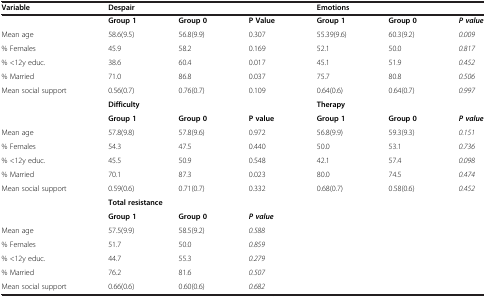
<table><thead><tr><td><b>Variable</b></td><td colspan="3"><b>Despair</b></td><td colspan="3"><b>Emotions</b></td></tr></thead><tbody><tr><td> </td><td><b>Group 1</b></td><td><b>Group 0</b></td><td><b>P Value</b></td><td><b>Group 1</b></td><td><b>Group 0</b></td><td><b><i>P value</i></b></td></tr><tr><td>Mean age</td><td>58.6(9.5)</td><td>56.8(9.9)</td><td>0.307</td><td>55.39(9.6)</td><td>60.3(9.2)</td><td><i>0.009</i></td></tr><tr><td>% Females</td><td>45.9</td><td>58.2</td><td>0.169</td><td>52.1</td><td>50.0</td><td><i>0.817</i></td></tr><tr><td>% &lt;12y educ.</td><td>38.6</td><td>60.4</td><td>0.017</td><td>45.1</td><td>51.9</td><td><i>0.452</i></td></tr><tr><td>% Married</td><td>71.0</td><td>86.8</td><td>0.037</td><td>75.7</td><td>80.8</td><td><i>0.506</i></td></tr><tr><td>Mean social support</td><td>0.56(0.7)</td><td>0.76(0.7)</td><td>0.109</td><td>0.64(0.6)</td><td>0.64(0.7)</td><td><i>0.997</i></td></tr><tr><td> </td><td colspan="3"><b>Difficulty</b></td><td colspan="3"><b>Therapy</b></td></tr><tr><td> </td><td><b>Group 1</b></td><td><b>Group 0</b></td><td><b>P value</b></td><td><b>Group 1</b></td><td><b>Group 0</b></td><td><b><i>P value</i></b></td></tr><tr><td>Mean age</td><td>57.8(9.8)</td><td>57.8(9.6)</td><td>0.972</td><td>56.8(9.9)</td><td>59.3(9.3)</td><td><i>0.151</i></td></tr><tr><td>% Females</td><td>54.3</td><td>47.5</td><td>0.440</td><td>50.0</td><td>53.1</td><td><i>0.736</i></td></tr><tr><td>% &lt;12y educ.</td><td>45.5</td><td>50.9</td><td>0.548</td><td>42.1</td><td>57.4</td><td><i>0.098</i></td></tr><tr><td>% Married</td><td>70.1</td><td>87.3</td><td>0.023</td><td>80.0</td><td>74.5</td><td><i>0.474</i></td></tr><tr><td>Mean social support</td><td>0.59(0.6)</td><td>0.71(0.7)</td><td>0.332</td><td>0.68(0.7)</td><td>0.58(0.6)</td><td><i>0.452</i></td></tr><tr><td> </td><td colspan="3"><b>Total resistance</b></td><td> </td><td> </td><td> </td></tr><tr><td> </td><td><b>Group 1</b></td><td><b>Group 0</b></td><td><b><i>P value</i></b></td><td> </td><td> </td><td> </td></tr><tr><td>Mean age</td><td>57.5(9.9)</td><td>58.5(9.2)</td><td><i>0.588</i></td><td> </td><td> </td><td> </td></tr><tr><td>% Females</td><td>51.7</td><td>50.0</td><td><i>0.859</i></td><td> </td><td> </td><td> </td></tr><tr><td>% &lt;12y educ.</td><td>44.7</td><td>55.3</td><td><i>0.279</i></td><td> </td><td> </td><td> </td></tr><tr><td>% Married</td><td>76.2</td><td>81.6</td><td><i>0.507</i></td><td> </td><td> </td><td> </td></tr><tr><td>Mean social support</td><td>0.66(0.6)</td><td>0.60(0.6)</td><td><i>0.682</i></td><td> </td><td> </td><td> </td></tr></tbody></table>